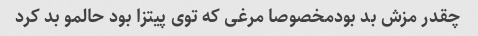
چقدر مزش بد بودمخصوصا مرغی که توی پیتزا بود حالمو بد کرد